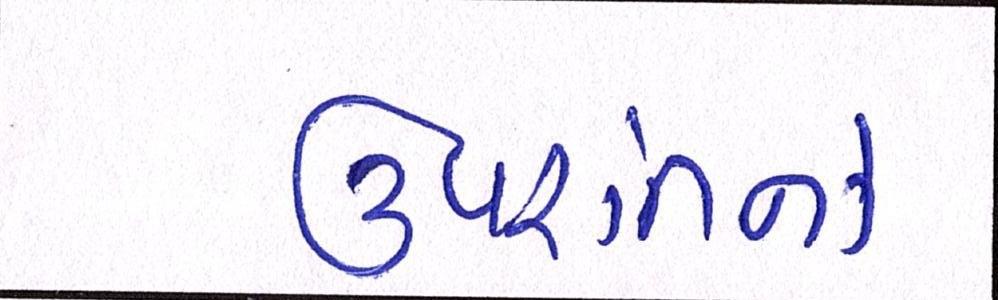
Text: ઉપરાંતનો